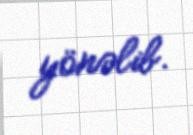
yönəlib.